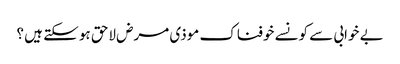
بے خوابی سے کونسے خوفناک موذی مرض لاحق ہو سکتے ہیں ؟